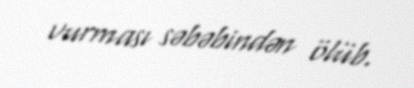
vurması səbəbindən ölüb.